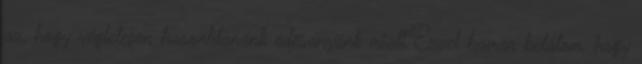
az, hogy végletesen hasonlítanánk édesanyánk miatt.Ezzel hamar belátom, hogy